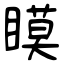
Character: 瞙